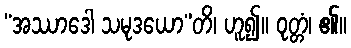
“အဿာဒေါ သမုဒယော”တိ၊ ဟူ၍။ ဝုတ္တံ၊ ၏။